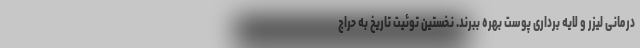
درمانی لیزر و لایه برداری پوست بهره ببرند. نخستین توئیت تاریخ به حراج